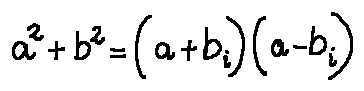
a ^ { 2 } + b ^ { 2 } = ( a + b i ) ( a - b i )